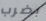
بضرب